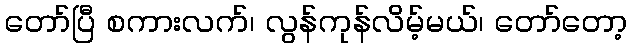
တော်ပြီ စကားလက်၊ လွန်ကုန်လိမ့်မယ်၊ တော်တော့